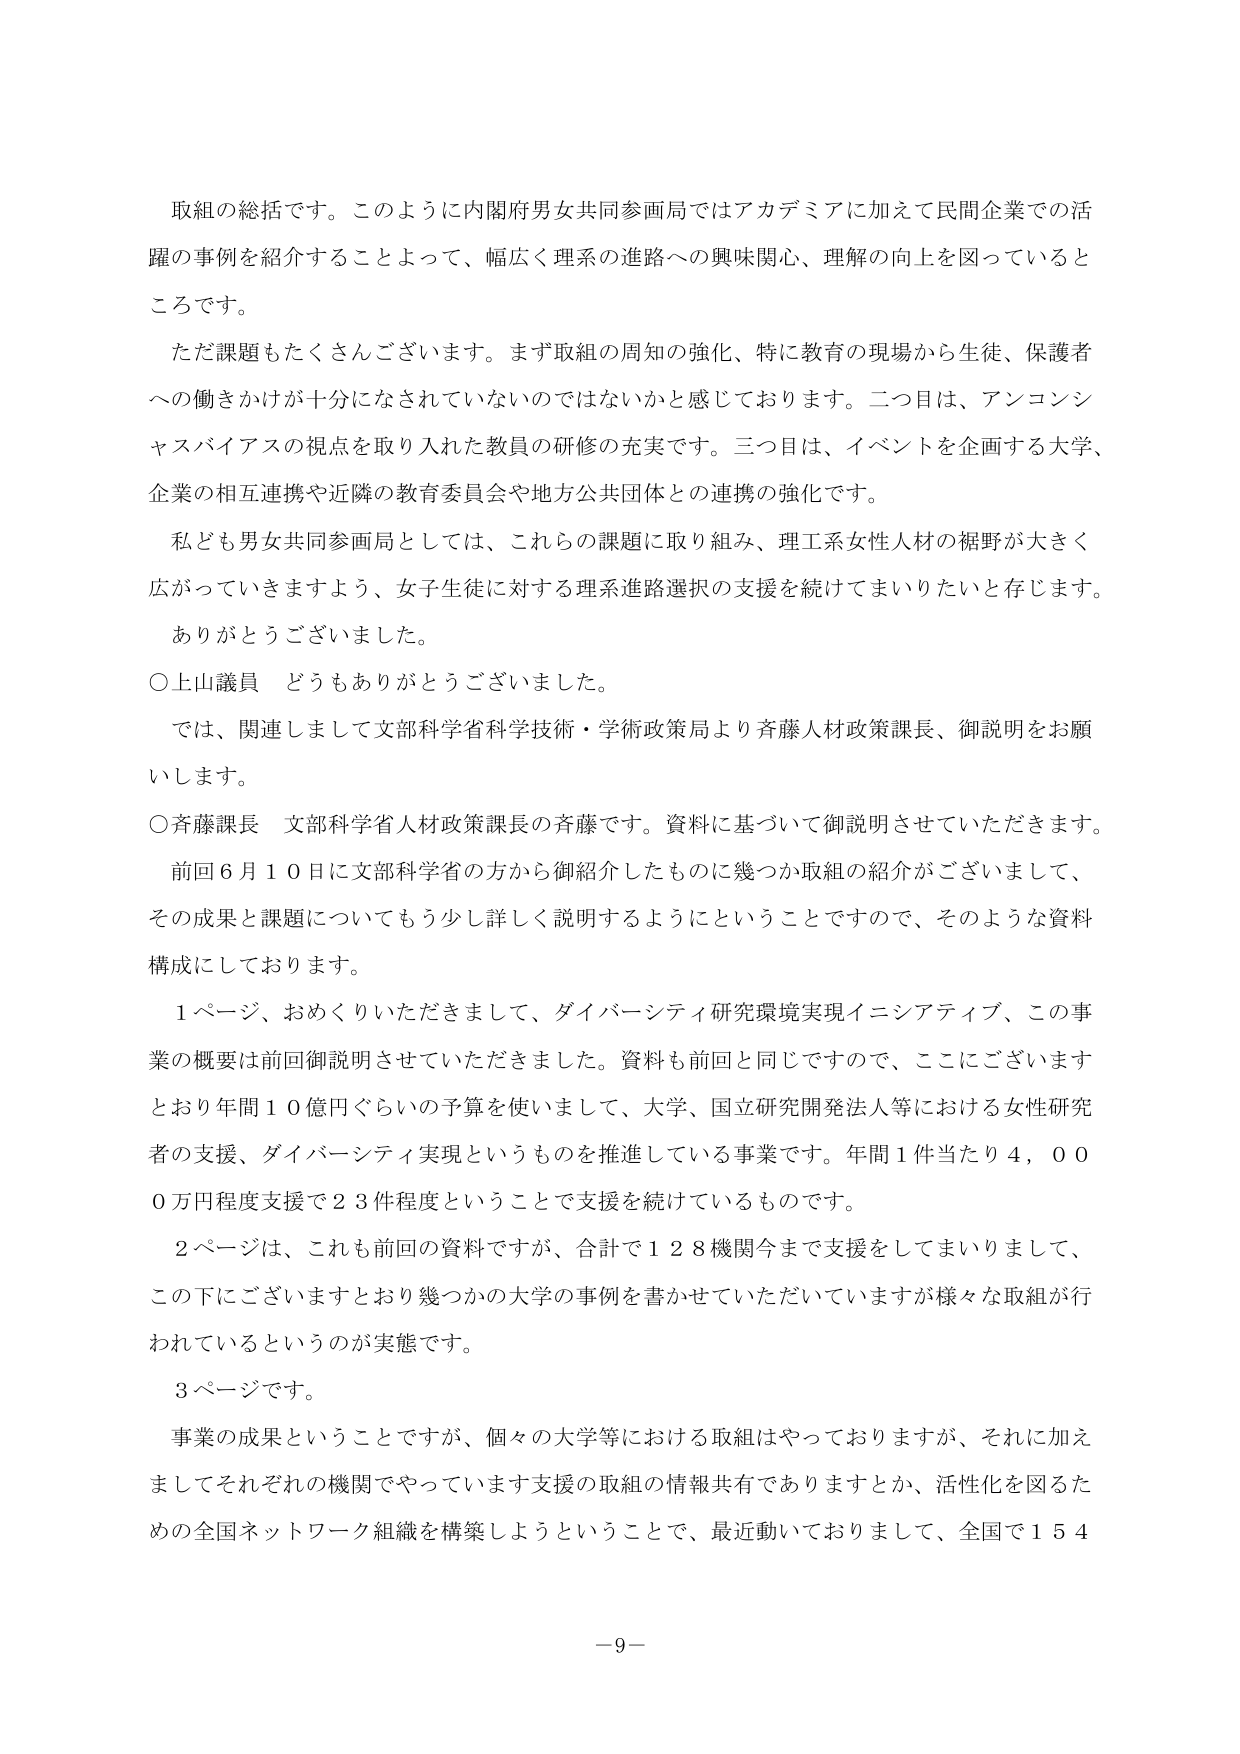
取組の総括です。このように内閣府男女共同参画局ではアカデミアに加えて民間企業での活躍の事例を紹介することによって、幅広く理系の進路への興味関心、理解の向上を図っているところです。

ただ課題もたくさんございます。まず取組の周知の強化、特に教育の現場から生徒、保護者への働きかけが十分になされていないのではないかと感じております。二つ目は、アンコンシャスバイアスの視点を取り入れた教員の研修の充実です。三つ目は、イベントを企画する大学、企業の相互連携や近隣の教育委員会や地方公共団体との連携の強化です。

私ども男女共同参画局としては、これらの課題に取り組み、理工系女性人材の裾野が大きく広がっていきますよう、女子生徒に対する理系進路選択の支援を続けてまいりたいと存じます。

ありがとうございました。

○上山議員　どうもありがとうございました。

では、関連しまして文部科学省科学技術・学術政策局より斉藤人材政策課長、御説明をお願いします。

○斉藤課長　文部科学省人材政策課長の斉藤です。資料に基づいて御説明させていただきます。前回６月１０日に文部科学省の方から御紹介したものに幾つか取組の紹介がございまして、その成果と課題についてもう少し詳しく説明するようにということで、そのような資料構成にしております。

１ページ、おめくりいただきまして、ダイバーシティ研究環境実現イニシアティブ、この事業の概要は前回御説明させていただきました。資料も前回と同じですので、ここにございますとおり年間１０億円ぐらいの予算を使いまして、大学、国立研究開発法人等における女性研究者の支援、ダイバーシティ実現というものを推進している事業です。年間１件当たり４，０００万円程度支援で２３件程度ということで支援を続けているものです。

２ページは、これも前回の資料ですが、合計で１２８機関今まで支援をしてまいりまして、この下にございますとおり幾つかの大学の事例を書かせていただいていますが様々な取組が行われているというのが実態です。

３ページです。

事業の成果ということですが、個々の大学等における取組はやっておりますが、それに加えましてそれぞれの機関でやっていきます支援の取組の情報共有でありますとか、活性化を図るための全国ネットワーク組織を構築しようということで、最近動いておりまして、全国で１５４

－９－